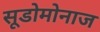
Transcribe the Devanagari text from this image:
सूडोमोनाज